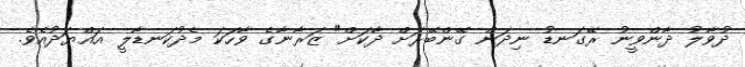
ދުވާލު ދާންވީނު ރޭގަނޑު ނިދަން ގޭންބޭރަށް ދާކަށް" ޒަރާނާގެ ވާހަކަ މެދުކަނޑާލީ އައްޔަދުއެވެ.